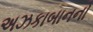
અઝકાબાનનો